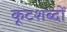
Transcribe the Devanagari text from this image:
कूटशब्दों